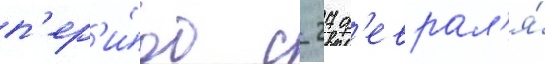
п'ер'и́од с 27 ф'еврал'я́